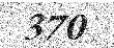
370